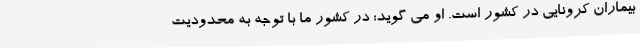
بیماران کرونایی در کشور است. او می گوید: در کشور ما با توجه به محدودیت